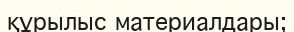
құрылыс материалдары;